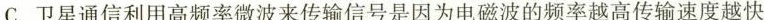
C. 卫星通信利用高频率微波来传输信号是因为电磁波的频率越高传输速度越快